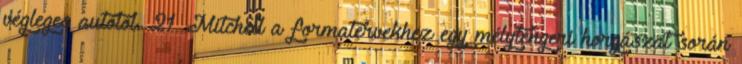
végleges autótól. 21 Mitchell a formatervekhez egy mélytengeri horgászat során